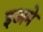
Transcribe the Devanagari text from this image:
इअमे